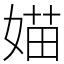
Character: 媌